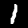
Label: 1